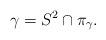
LaTeX: \begin{align*}\gamma = S^2\cap \pi_\gamma.\end{align*}